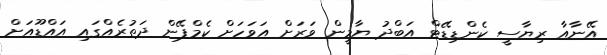
އޭނާއާ ރިޔާސީ ކެންޑިޑޭޓް އަބްދު ޔާމީން ވަރަށް އަވަހަށް ކެމްޕޭން ދަތުރެއްގައި އައްޑޫއަށް